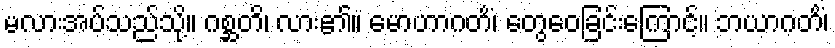
မလားအပ်သည်သို့။ ဂစ္ဆတိ၊ လား၏။ မောဟာဂတိံ၊ တွေဝေခြင်းကြောင့်။ ဘယာဂတိံ၊